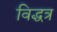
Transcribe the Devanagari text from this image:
विद्धत्र